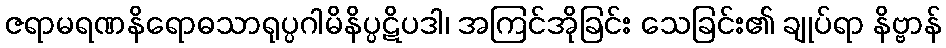
ဇရာမရဏနိရောဓသာရုပ္ပဂါမိနိပ္ပဋိပဒါ၊ အကြင်အိုခြင်း သေခြင်း၏ ချုပ်ရာ နိဗ္ဗာန်